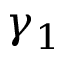
\gamma _ { 1 }